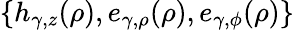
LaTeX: \{ h_{\gamma,z}(\rho),e_{\gamma,\rho}(\rho),e_{\gamma,\phi}(\rho)\}